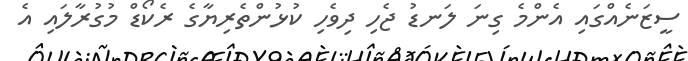
ސީޒަނެއްގައި އެންމެ ގިނަ ލަނޑު ޖެހި ދިވެހި ކުޅުންތެރިޔާގެ ރެކޯޑް މުގުރާލައި އެ